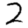
Digit: 2